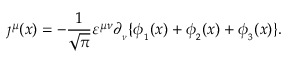
\j ^ { \mu } ( x ) = - \frac { 1 } { \sqrt { \pi } } \varepsilon ^ { \mu \nu } \partial _ { _ \nu } \{ \phi _ { _ 1 } ( x ) + \phi _ { _ 2 } ( x ) + \phi _ { _ 3 } ( x ) \} .